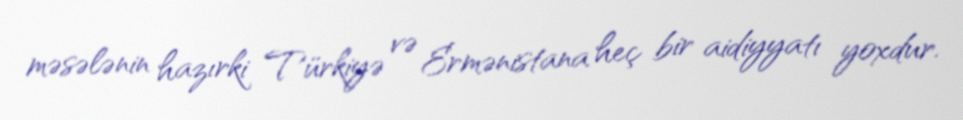
məsələnin hazırki Türkiyə və Ermənistana heç bir aidiyyatı yoxdur.